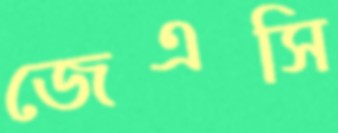
জেএসি